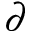
\partial